38_143685_box_Incident_Summaries_173-233
Agency: Department of War
Page 6
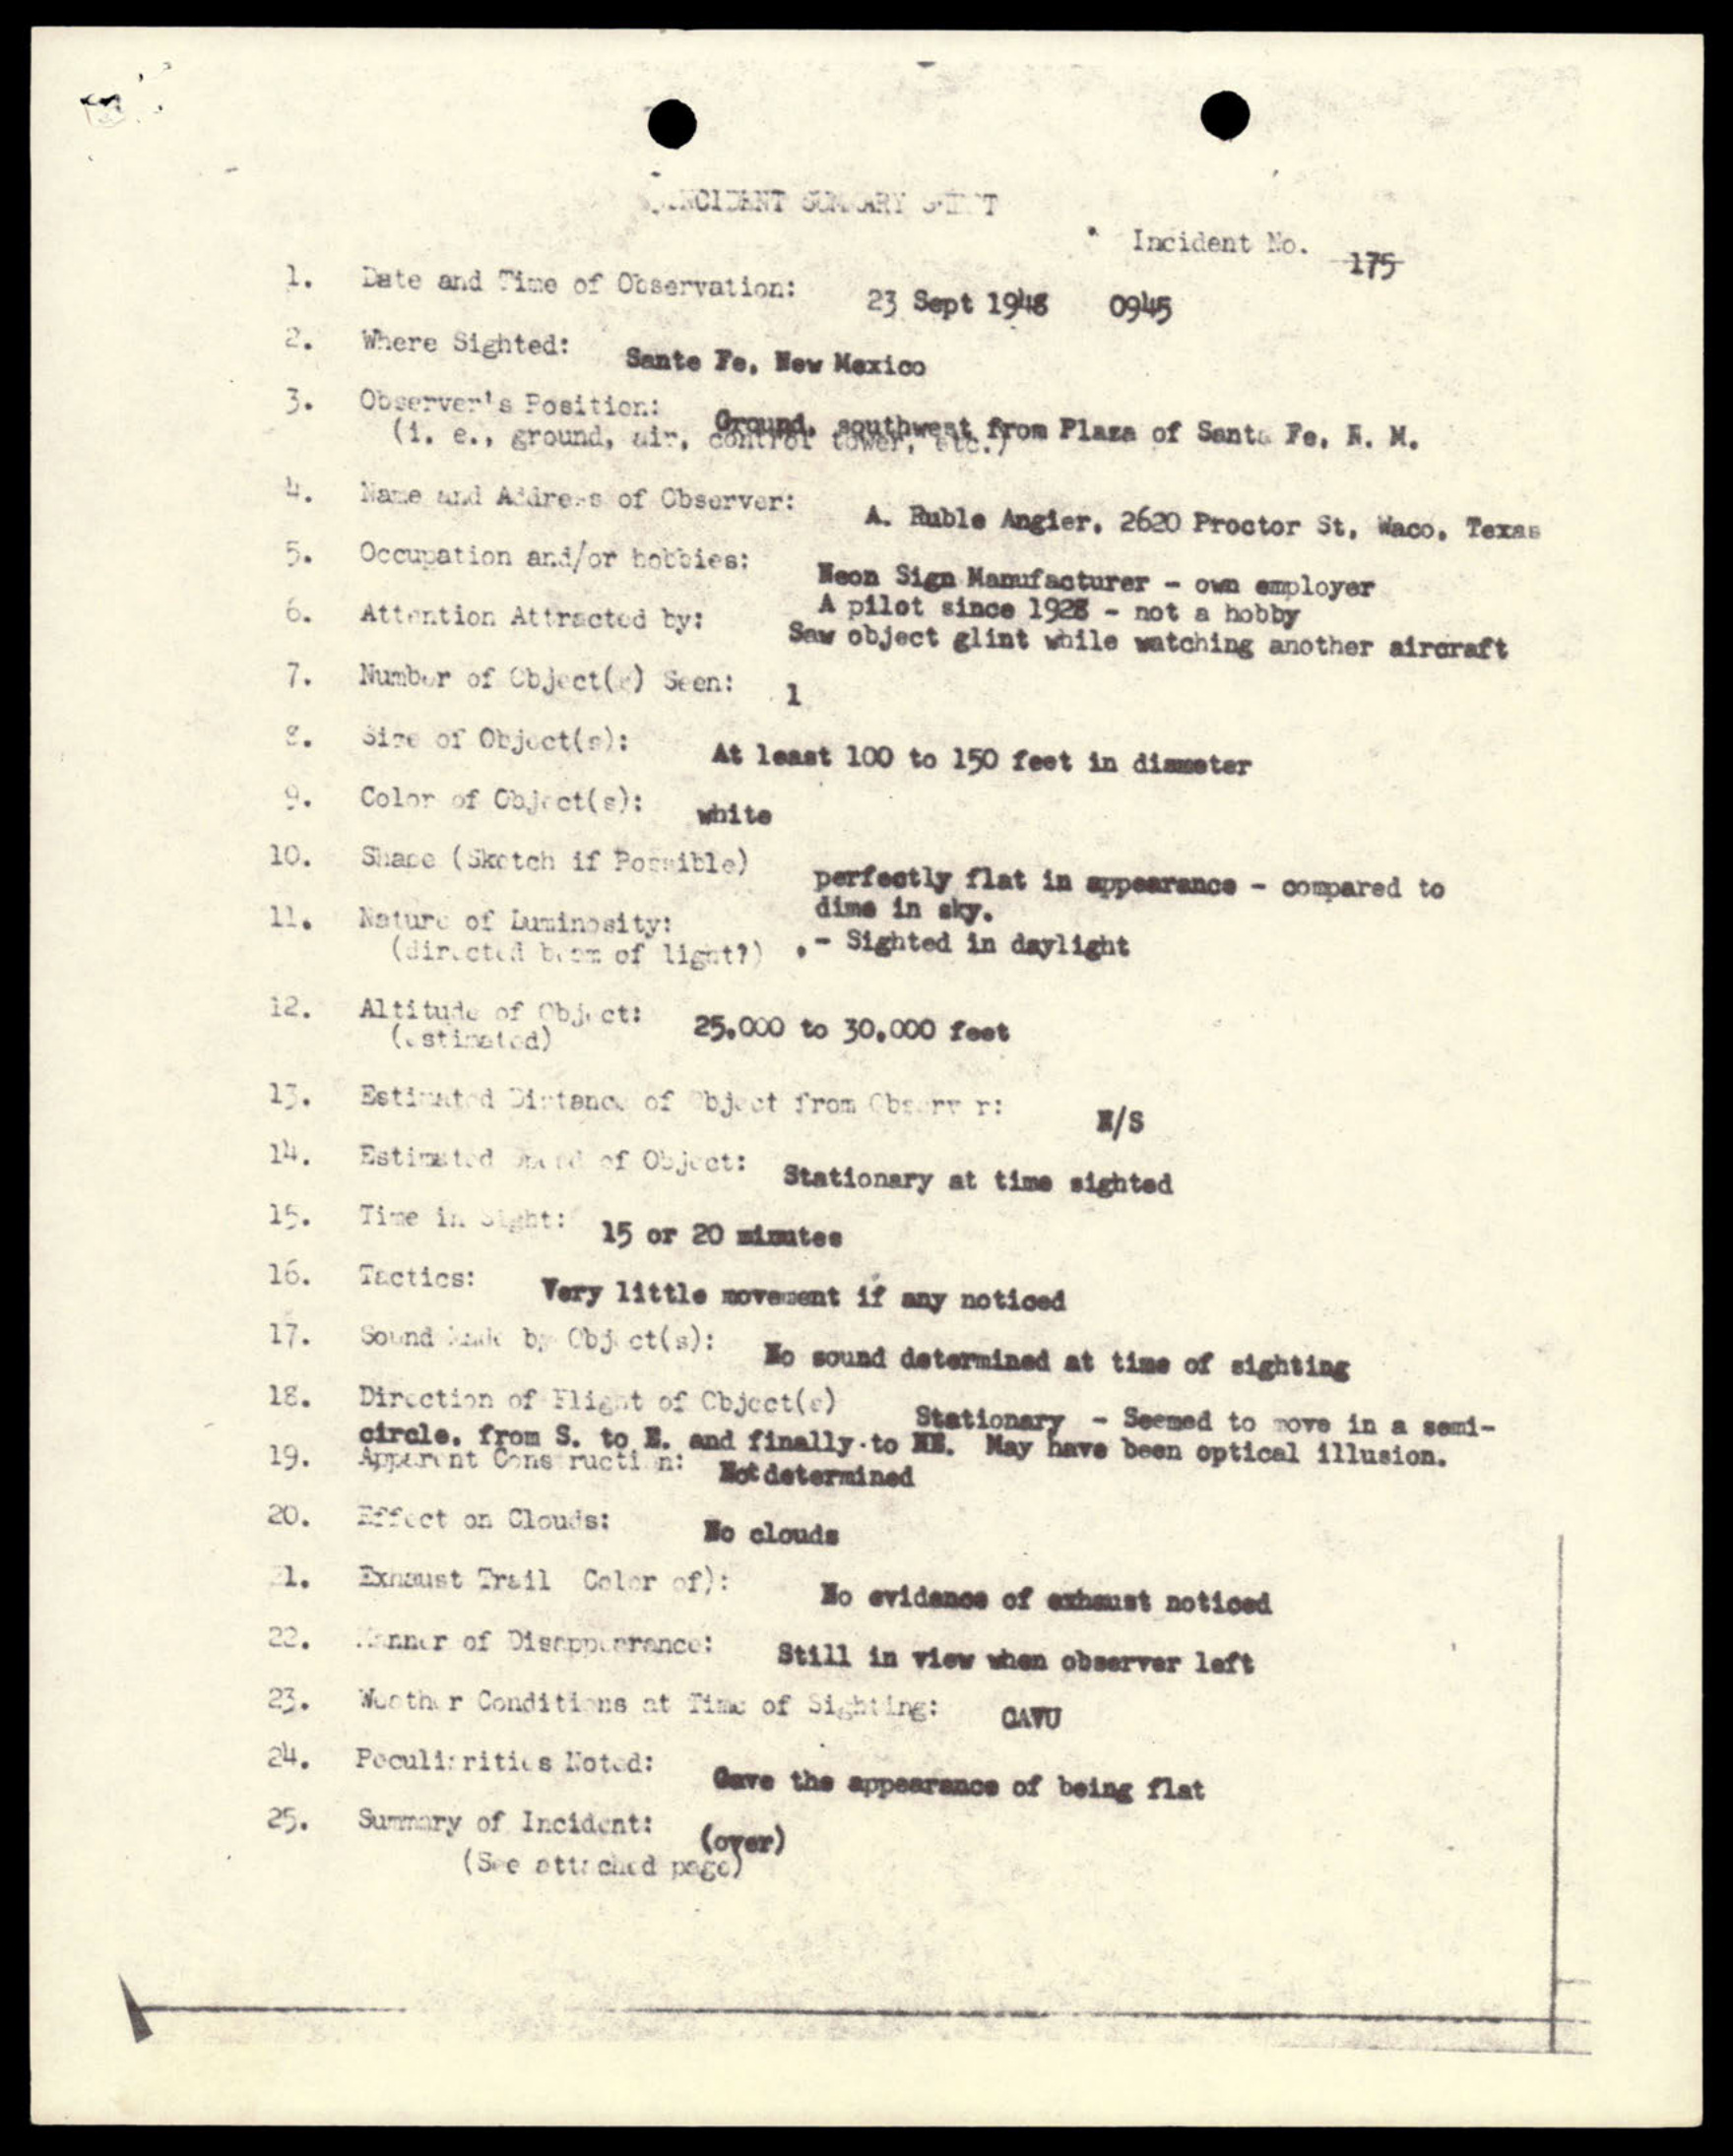